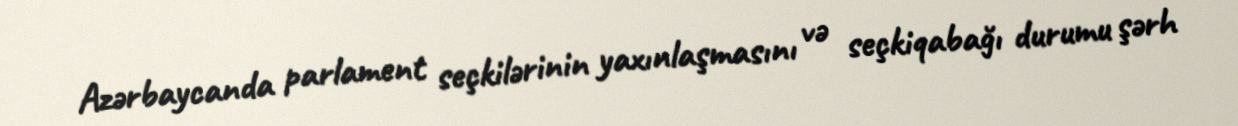
Azərbaycanda parlament seçkilərinin yaxınlaşmasını və seçkiqabağı durumu şərh